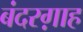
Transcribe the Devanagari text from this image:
बंदरग़ाह